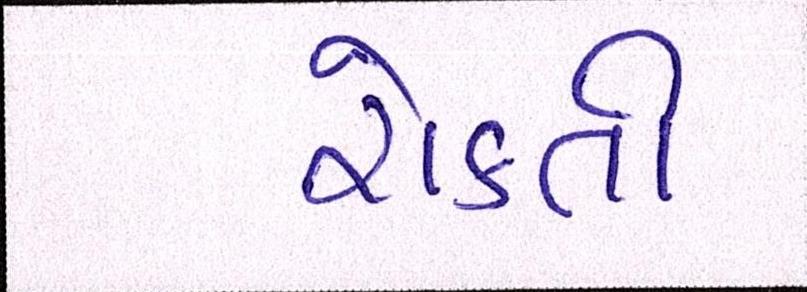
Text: રોકતી